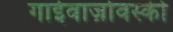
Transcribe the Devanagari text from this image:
गाईवाज़ोवस्की